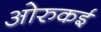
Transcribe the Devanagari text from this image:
ओरुकई